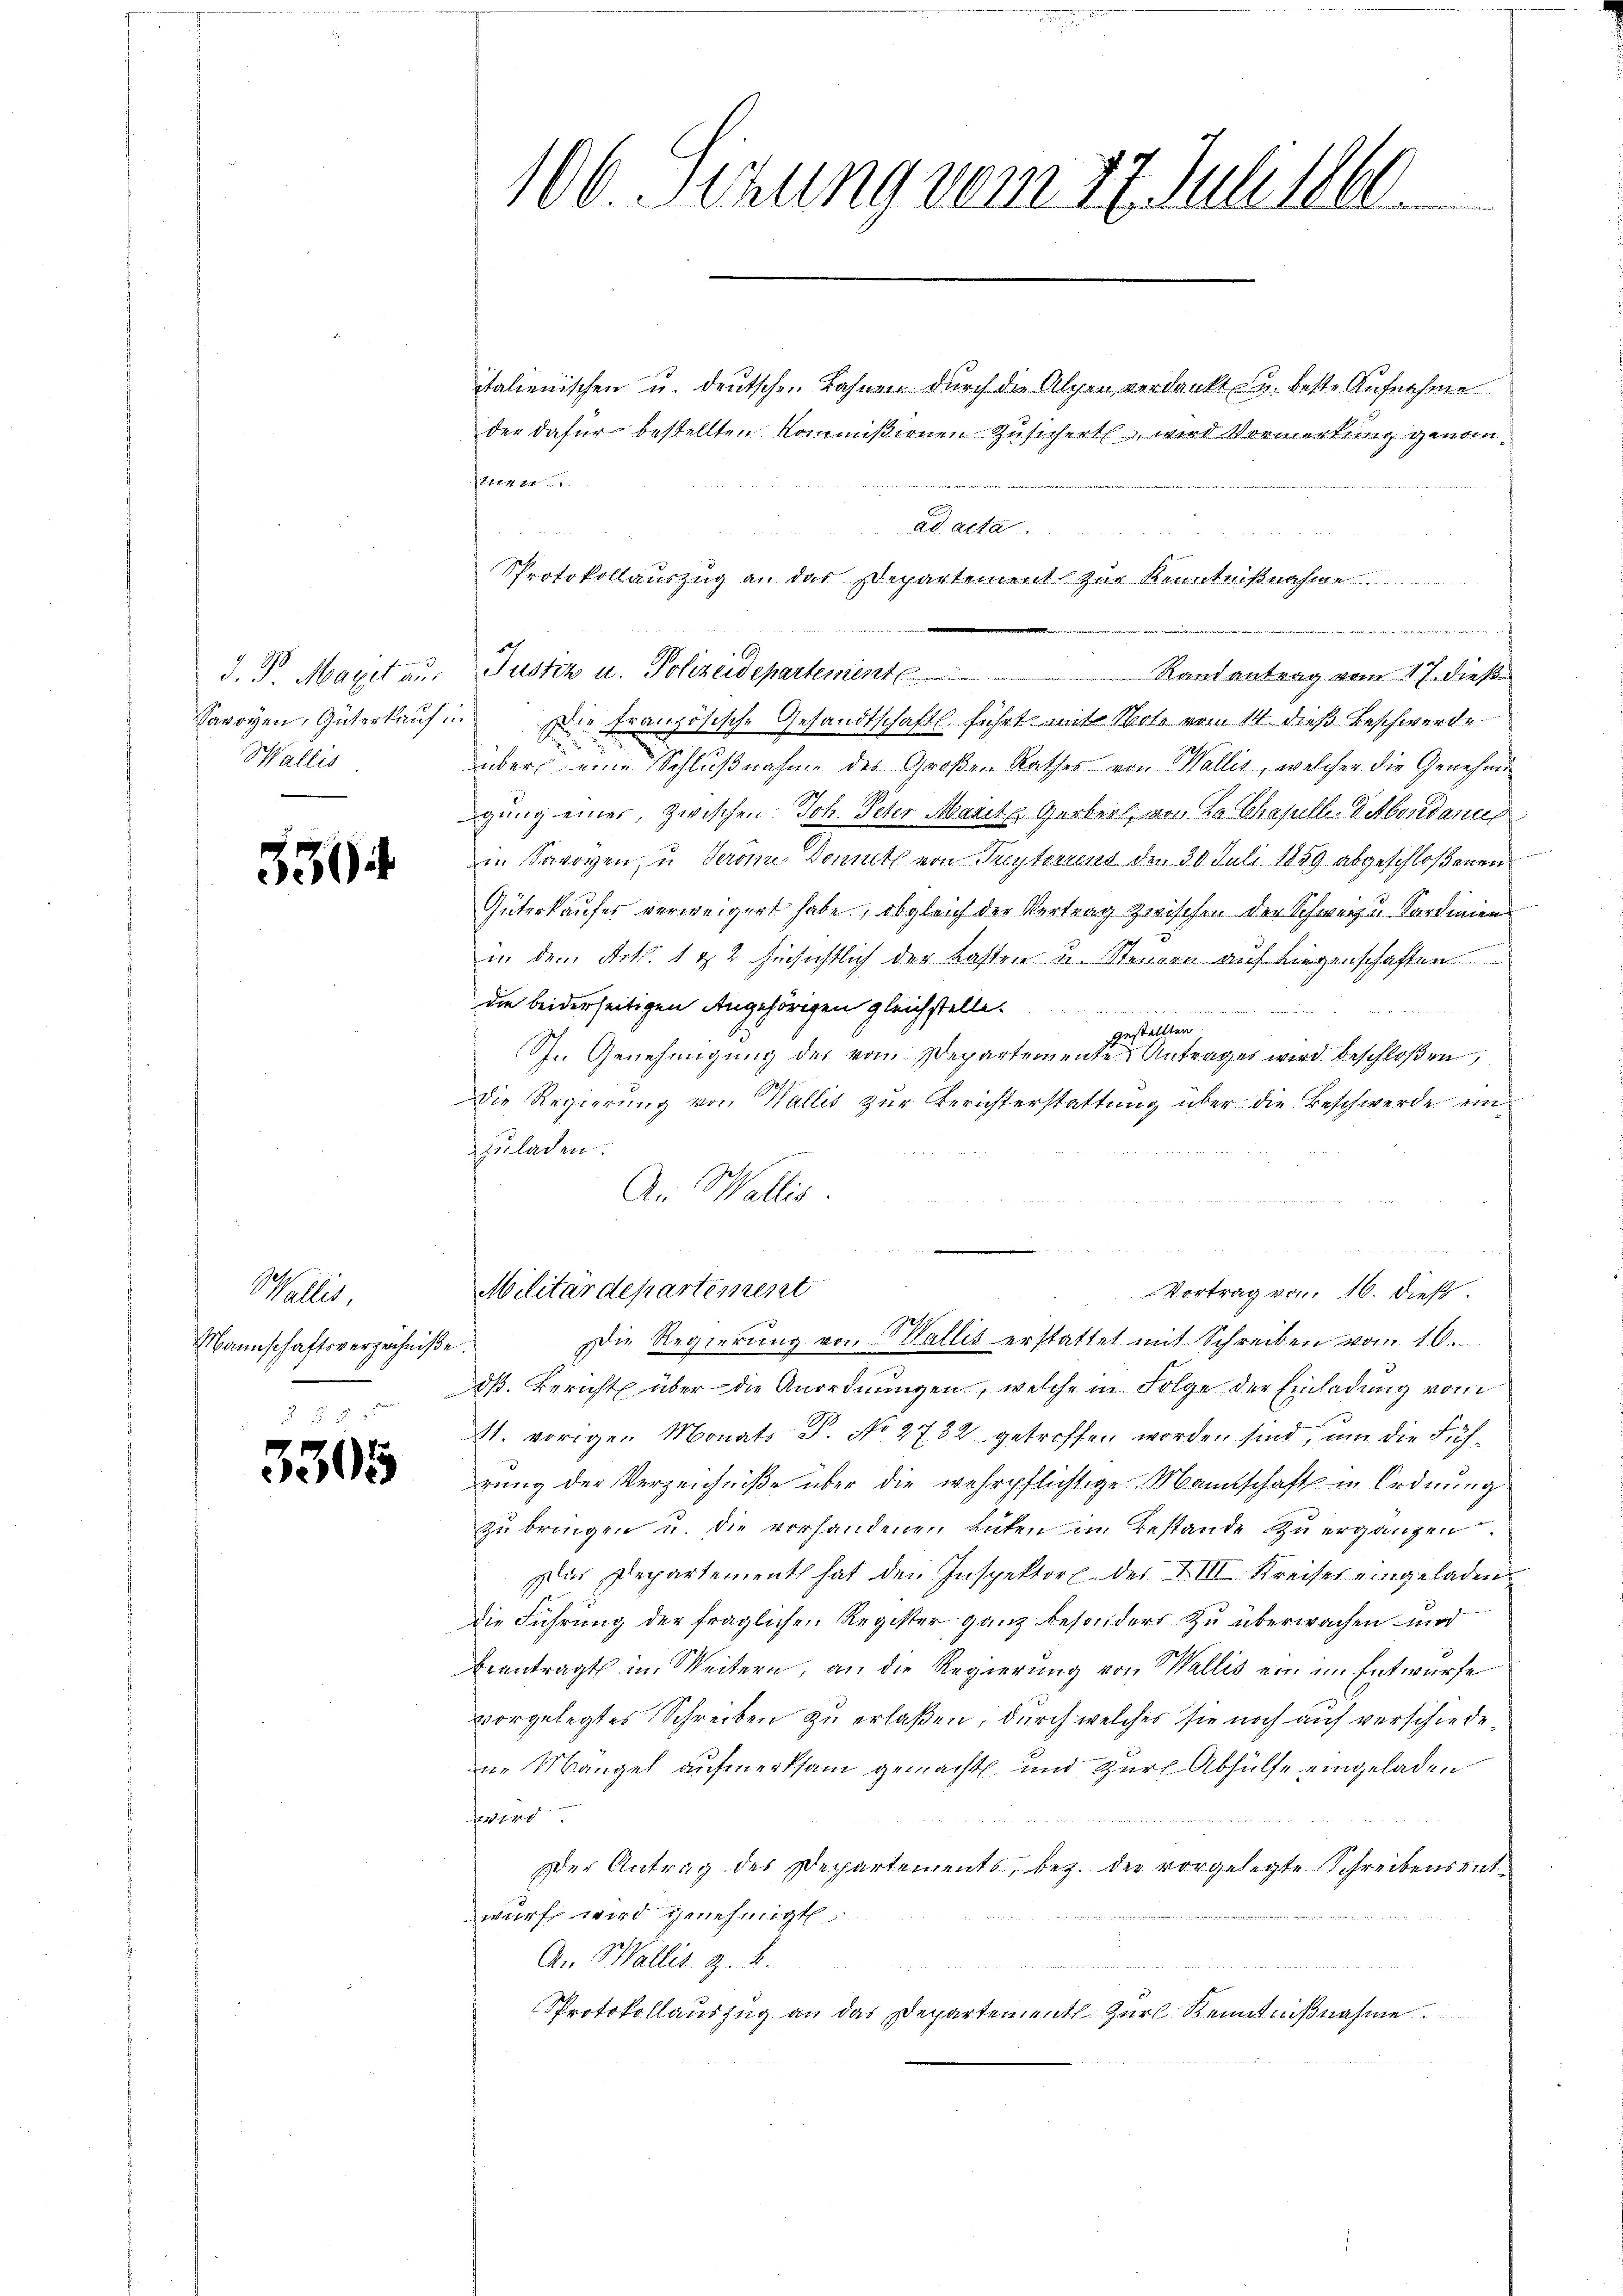
Savoyen, Güterkauf
Wallis

339

Wallis
Mannschaftsverzeichniße.

3305

106. Sitzung vom 27. Julillle.

italienischen u. deutschen Bahnen durch die Alpen verdankt u. beste Aufnahme
2
 Die französische Gesandtschafts führt mit Note vom 14. dieß Beschwerde

über eine Schlußnahme des Großen Rathes von Wallis, welcher die Genehmigung einer, zwischen Joh. Peter Marite Gerber, von La Chasulle-Datberdanus
in Savoyen, u Serones Donneth von Freyterrens den 30 Juli 1859 abgeschloßenen
Güterkaufes verweigert habe, obgleich der Vertrag zwischen der Schwerz u. Sardinien
in dem Art. 1 & 2 hinsichtlich der Lasten u. Steuern auf Liegenschaften
die beiderseitigen Angehörigen gleichstelle.
gestellten
In Genehmigung des vom Departemente Antrages wird beschloßen
Die Regierung von Wallis zur Berichterstattung über die Beschwerde ein
zuladen.
An Wallis.
Militärdepartement
Vortrag vom 16. dieß.
Die Regierung von Wallis erstattet mit Schreiben vom 10.
daß. Bericht über die Anordnungen, welche in Folge der Einladung vom
1. vorigen Monats P. No 2732 getroffen worden sind, um die Führung der Verzeichniße über die wehrpflichtige Mannschaft in Ordnung
zu bringen u. die vorhandenen Luten im Bestande zu ergänzen.
Das Departement hat den Inspektor des XIII. Kreises eingeladen,
Die Führung der fraglichen Register ganz besonders zu überwachen und
brantragt im Weitern, an die Regierung von Wallis ein im Entwurfe
vorgelegtes Schreiben zu erlaßen, durch welches sie noch auf verschiedeir Mangel aufmerksam gemacht und zur Abhülfe eingeladen
444

Der Antrag des Departements, bez. der vorgelegte Schreibensentwurf wird genehmigt
An Wallis z. B.
.
Protokollauszug an das Departement Zur Kenntnißnahme

ad acta
Protokollauszug an das Departement zur Kenntnißnahme
e

J. P. Maxit an. Justiz u. Polizeidepartement
Randantrag vom 17. dieß

der dafür bestellten Kommißionen Zusichert, wird Vormerkung genom¬